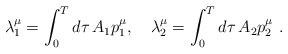
\begin{align*}\lambda _1^\mu =\int_0^Td\tau \,A_1p_1^\mu ,\quad \lambda _2^\mu=\int_0^Td\tau \,A_2p_2^\mu \,\,.\end{align*}